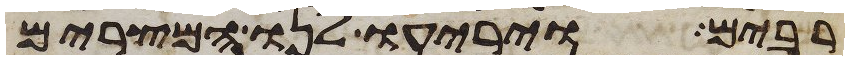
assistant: רבים ויריעו לנו המצרים